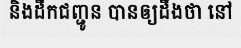
និងដឹកជញ្ជូន បានឲ្យដឹងថា នៅ